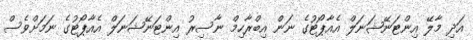
އަދި މާލޭ އިންޓަނޭޝަނަލް އެއާޕޯޓުގެ ނަން އިބްރާހިމް ނާސިރު އިންޓަނޭޝަނަލް އެއާޕޯޓުގެ ނަމަށްވެސް